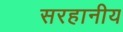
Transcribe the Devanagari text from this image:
सरहानीय